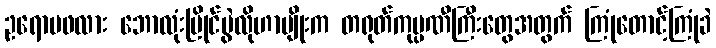
ဥရောပဖလား ဘောလုံးပြိုင်ပွဲလိုဟာမျိုးက တရုတ်ကုမ္ပဏီကြီးတွေအတွက် ကြုံတောင့်ကြုံခဲ